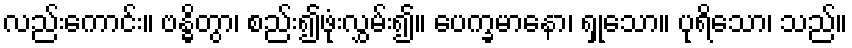
လည်းကောင်း။ ဗန္ဓိတွာ၊ စည်း၍ဖုံးလွှမ်း၍။ ပေက္ခမာနော၊ ရှုသော။ ပုရိသော၊ သည်။